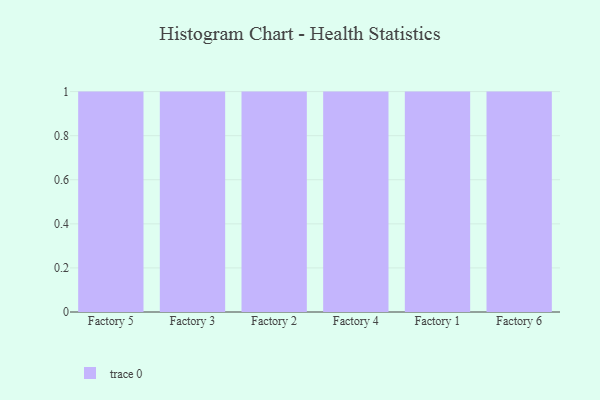
{"axis": {"x": "Factory", "y": "Website Visitors"}, "legend": [""], "data": [{"x": "Factory 5", "y": 33, "type": ""}, {"x": "Factory 3", "y": 46, "type": ""}, {"x": "Factory 2", "y": 39, "type": ""}, {"x": "Factory 4", "y": 71, "type": ""}, {"x": "Factory 1", "y": 40, "type": ""}, {"x": "Factory 6", "y": 9, "type": ""}]}